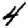
Digit: 4